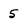
Character: 5